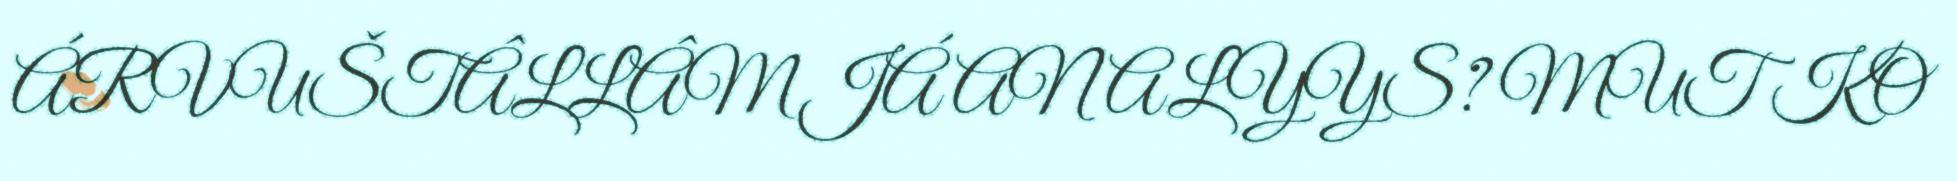
ÁRVUŠTÂLLÂM JÁ ANALYYS? MUT KO